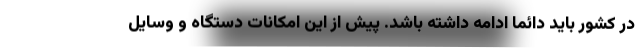
در کشور باید دائما ادامه داشته باشد. پیش از این امکانات دستگاه و وسایل